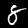
Digit: 8